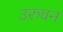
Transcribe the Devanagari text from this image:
उरुवन